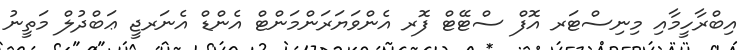
އިބްރާހީމާއި މިނިސްޓަރ އޮފް ސްޓޭޓް ފޮރ އެންވަޔަރަންމަންޓް އެންޑް އެނަރޖީ ޢަބްދުލް މަތީނު